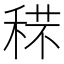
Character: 𥟼